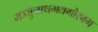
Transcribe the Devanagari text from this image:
मञ्जुनाथगद्यगौरवम्